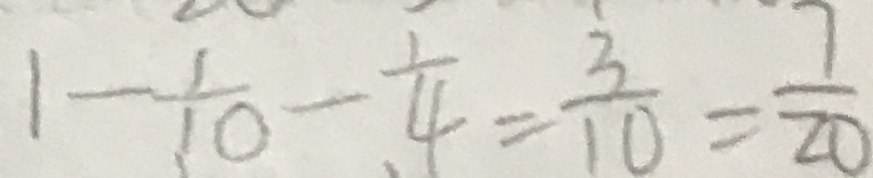
1 - \frac { 1 } { 1 0 } - \frac { 1 } { 4 } = \frac { 3 } { 1 0 } = \frac { 7 } { 2 0 }